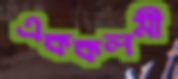
এককলমী